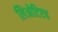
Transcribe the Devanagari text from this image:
लिओटिएव